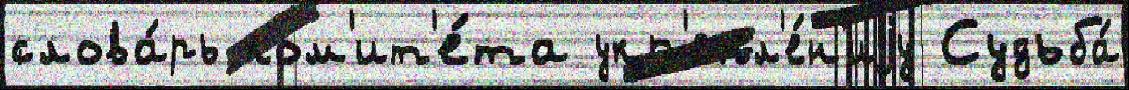
слова́рь ком'ит'е́та укр'епл'е́н'иjу Судьба́